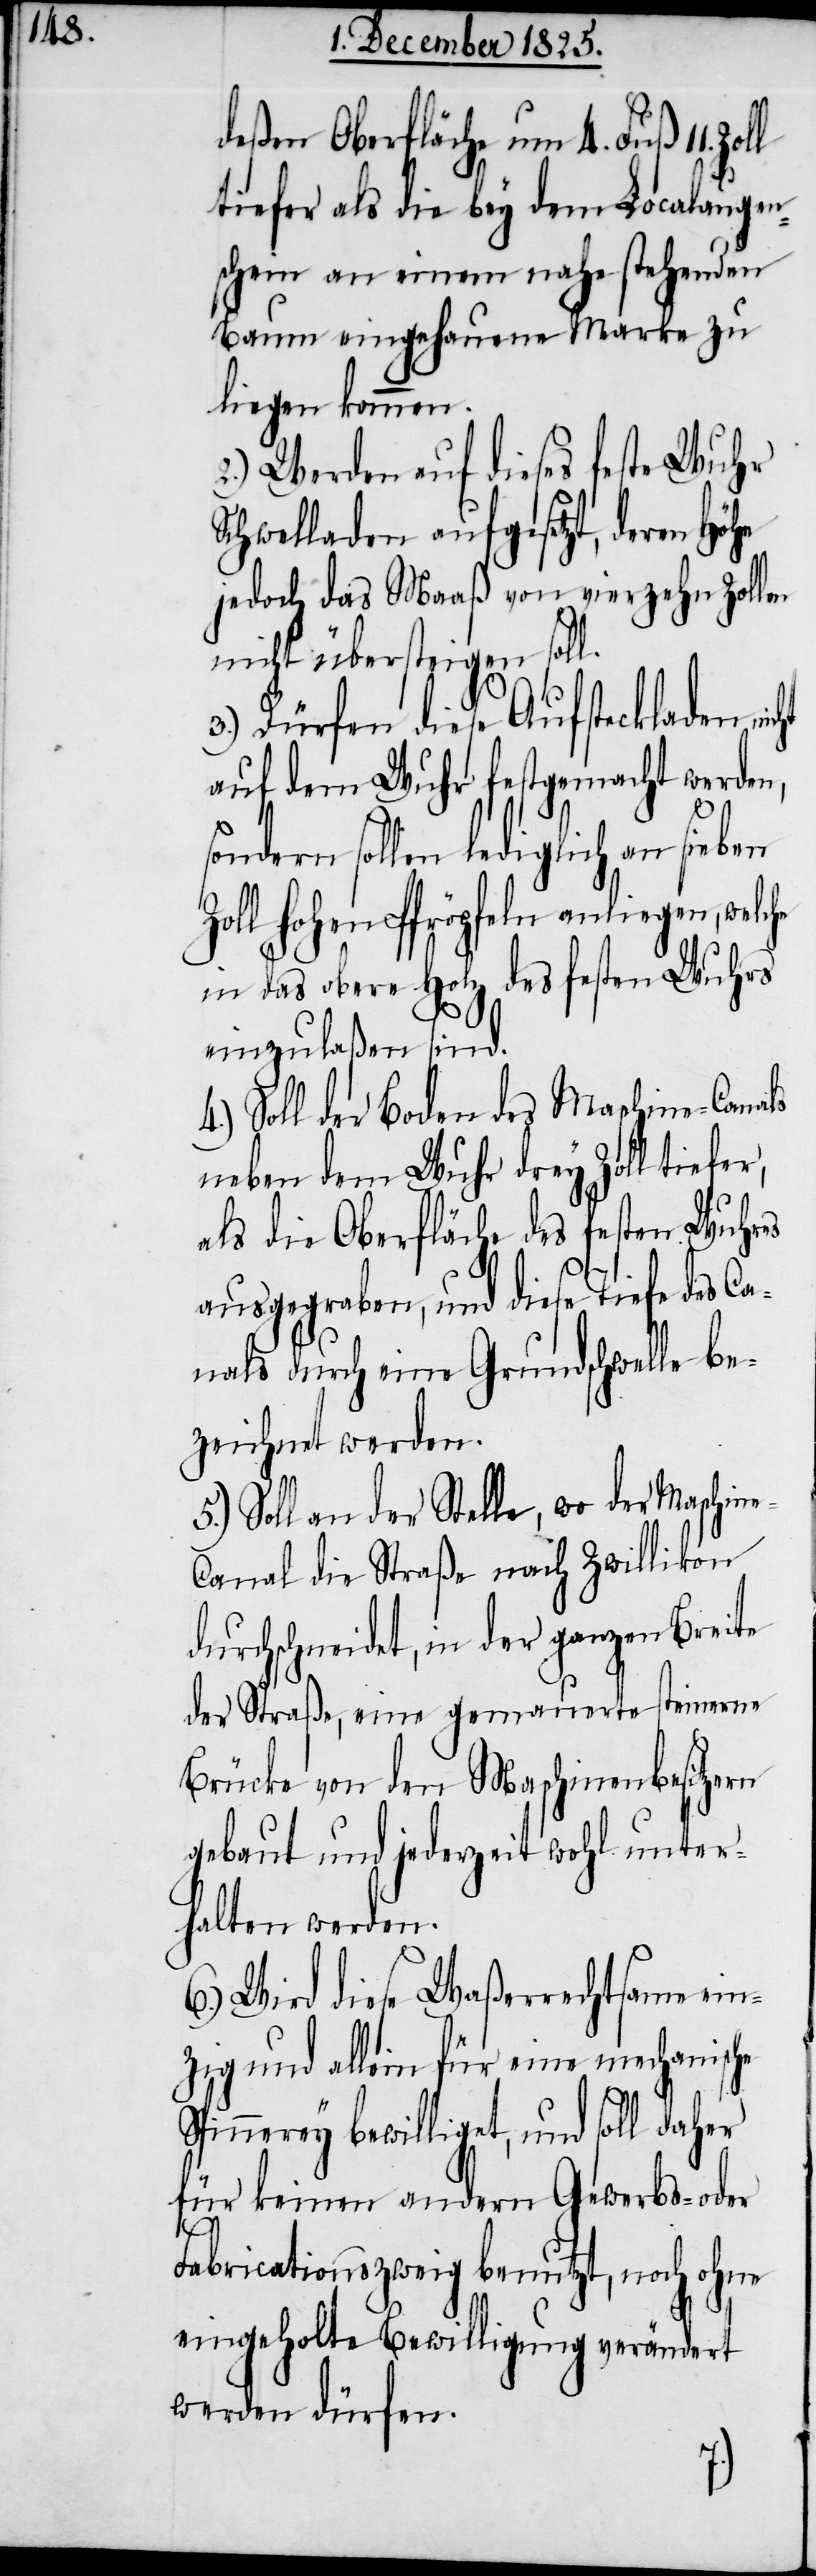
deßen Oberfläche um 4. Fuß 11.
tiefer als die bey dem Localaugen¬
schein an einem nahe stehenden
Baum eingehauene Marke zu
liegen kommen.
2.) Werden auf dieses feste Wuhr
Schwelladen aufgesetzt, deren Höhe
jedoch das Maaß von vierzehn Zollen
nicht übersteigen soll.
3.) Dürfen diese Aufsteckladen nic¬
auf dem Wuhr festgemacht werden,
sondern sollen lediglich an sieben
Zoll hohen Pfröpfeln anliegen, welche
in das obere Holz des festen Wuhrs
einzulaßen sind.
4.) Soll der Boden des Maschine-Canals
neben dem Wuhr drey Zoll tiefer,
als die Oberfläche des festen Wuhres
ausgegraben, und diese Tiefe des Ca¬
nals durch eine Grundschwelle be¬
zeichnet werden.
Soll an der Stelle, wo der Maschin¬
anal die Straße nach Zwillikon
durchschneidet, in der ganzen Breite
der Straße, eine genaueste steinerne
Brücke von den Maschinenbesitzern
gebaut und jederzeit wohl unter¬
halten werden.
6.) Wird diese Waßerrechtsame ein¬
zig und allein für eine mechanische
Spinnerey bewilliget, und soll daher
für keinen andern Gewerbs- oder
e-C¬
Fabricationszweig benutzt, noch ohne
eingeholte Bewilligung verändert
werden dürfen.